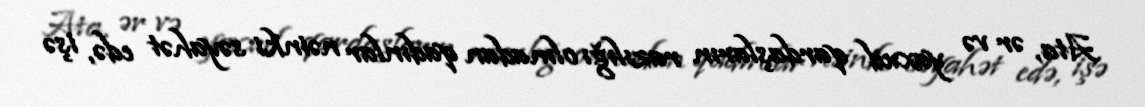
Ata, ər və yaxud qardaşların razılığı olmadan qadınlar nəinki səyahət edə, işə